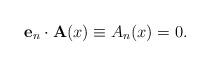
LaTeX: \begin{align*}{\bf e}_n\cdot{\bf A}(x)\equiv A_n(x)=0.\end{align*}